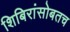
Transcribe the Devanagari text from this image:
शिबिरांसोबतच